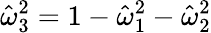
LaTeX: \hat{\omega}_{3}^{2}=1-\hat{\omega}_{1}^{2}-\hat{\omega}_{2}^{2}